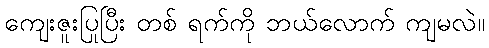
ကျေးဇူးပြုပြီး တစ် ရက်ကို ဘယ်လောက် ကျမလဲ။